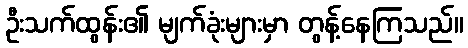
ဦးသက်ထွန်း၏ မျက်ခုံးများမှာ တွန့်နေကြသည်။